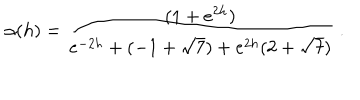
LaTeX: \alpha ( h ) = \frac { ( 1 + e ^ { 2 h } ) } { e ^ { - 2 h } + ( - 1 + \sqrt { 7 } ) + e ^ { 2 h } ( 2 + \sqrt { 7 } ) } \ .